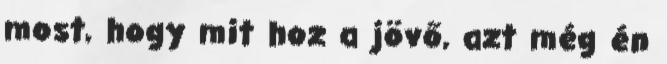
most, hogy mit hoz a jövő, azt még én